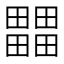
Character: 𤳳